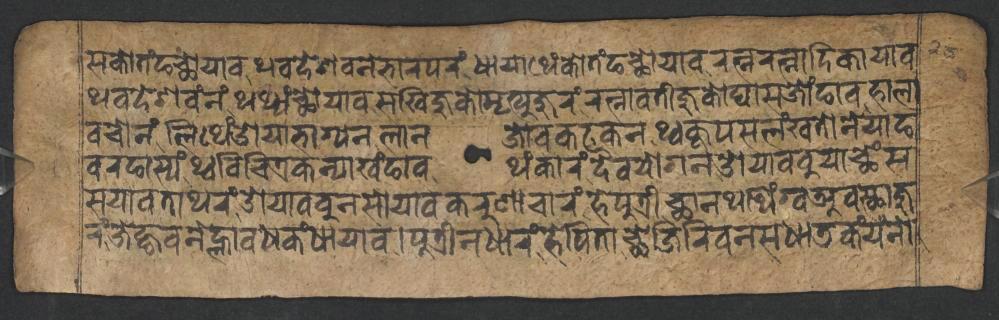
𑐳𑐎𑑀𑐟𑑄𑐒𑐕𑑀𑐫𑐵𑐰𑐠𑐰𑐡𑐾𑐱𑐰𑐣𑐾𑐨𑐵𑐬𑐥𑐬𑑄𑐢𑐵𑐫𑐵𑐠𑐾𑑄𑐎𑑀𑐟𑑄𑐒𑐕𑑀𑐫𑐵𑐰𑐬𑐟𑑂𑐣𑐬𑐟𑑂𑐣𑐵𑐡𑐶𑐎𑐵𑐫𑐵𑐰 𑐠𑐰𑐡𑐾𑐱𑐰𑑄𑐣𑑄𑐠𑐠𑑂𑐫𑑄𑐕𑑀𑐫𑐵𑐰𑐳𑐏𑐶𑐖𑐸𑐎𑑀𑐩𑐺𑐟𑑂𑐫𑐸𑐖𑐸𑐬𑑄𑐬𑐟𑑂𑐣𑐵𑐰𑐟𑐷𑐖𑐸𑐎𑑀𑐑𑐵𑐳𑐖𑑀𑑄𑐒𑐵𑐰𑐴𑐵𑐮𑐵 𑐰𑐔𑑀𑐣𑑄𑐮𑐶𑐠𑐾𑑄𑐌𑐫𑐵𑐨𑐵𑐐𑑂𑐫𑐣𑐮𑐵𑐣𑐖𑑀𑐰𑐎𑐚𑐎𑐣𑐠𑑂𑐰𑐎𑐹𑐥𑐳𑐮𑑄𑐏𑐟𑑀𑐣𑐾𑐫𑐒 𑐰𑐬𑐒𑐵𑐳𑑂𑐫𑑄𑐠𑑂𑐰𑐰𑐶𑐔𑐶𑐟𑑂𑐬𑐎𑐣𑑂𑐫𑐵𑐏𑑄𑐒𑐵𑐰𑐠𑑄𑐎𑐵𑐬𑑄𑐡𑐿𑐰𑐫𑑀𑐐𑐣𑐌𑐫𑐵𑐧𑐧𑐸𑐫𑐵𑐕𑐾𑑄𑐳 𑐳𑐫𑐵𑐰𑐟𑐵𑐠𑐬𑑄𑐌𑐫𑐵𑐧𑐧𑐸𑐣𑐳𑑀𑐫𑐵𑐰𑐎𑐬𑐸𑐞𑐵𑐔𑐵𑐬𑑄𑐴𑐾𑐥𑐸𑐟𑑂𑐬𑐷𑐕𑐵𑐣𑐠𑐠𑐶𑑄𑐐𑑂𑐰𑐀𑐰𑐳𑑂𑐠𑐵𑐖𑐸 𑐬𑑄𑐖𑐾𑐒𑑂𑐴𑐰𑐣𑐾𑐮𑑂𑐴𑐵𑐰𑐢𑐎𑑄𑐢𑐵𑐫𑐵𑐰𑑋𑐥𑐸𑐟𑑂𑐬𑐷𑐣𑐢𑐵𑐬𑑄𑐴𑐾𑐥𑐶𑐟𑐵𑐕𑐾𑐖𑐶𑐬𑐶𑐰𑐣𑐳𑐢𑐵𑐜𑐎𑑄𑐫𑑄𑐣𑑀